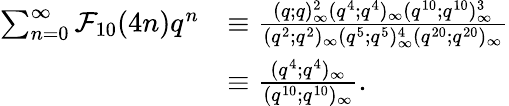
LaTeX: \begin{array}{rl}{\sum_{n=0}^{\infty}\mathcal{F}_{10}(4n)q^{n}}&{\equiv\frac{(q;q)_{\infty}^{2}(q^{4};q^{4})_{\infty}(q^{10};q^{10})_{\infty}^{3}}{(q^{2};q^{2})_{\infty}(q^{5};q^{5})_{\infty}^{4}(q^{20};q^{20})_{\infty}}}\\ &{\equiv\frac{(q^{4};q^{4})_{\infty}}{(q^{10};q^{10})_{\infty}}.}\end{array}